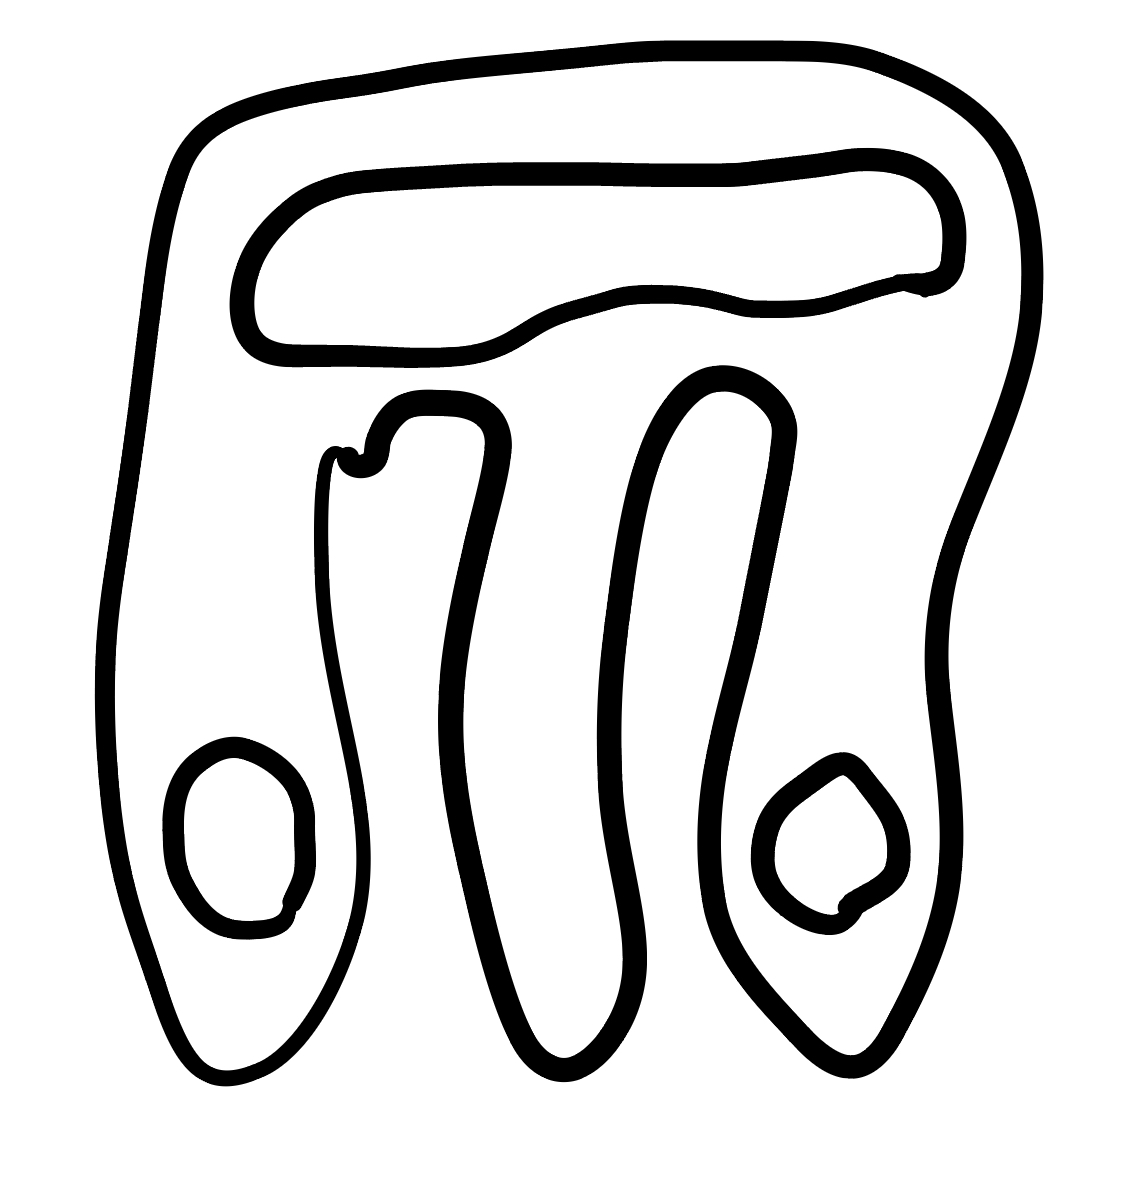
Number of regions (including the outer root region): 5
Containment tree edges (parent, child): 0, 1, 1, 2, 1, 3, 1, 4